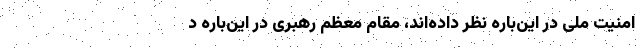
امنیت ملی در این‌باره نظر داده‌اند، مقام معظم رهبری در این‌باره د